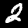
Digit: 2